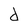
Character: d